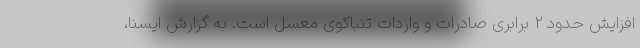
افزایش حدود ۲ برابری صادرات و واردات تنباکوی معسل است. به گزارش ایسنا،